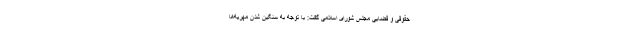
حقوقی و قضایی مجلس شورای اسلامی گفت: با توجه به سنگین شدن مهریه‌ها